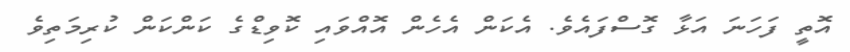
އޮތީ ފަހަނަ އަޅާ ގޮސްފައެވެ. އެކަން އެހެން އޮއްވައި ކޮވިޑްގެ ކަންކަން ކުރިމަތިވެ